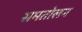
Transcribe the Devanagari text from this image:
समतोलन